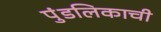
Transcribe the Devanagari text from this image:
पुंडलिकाची